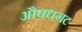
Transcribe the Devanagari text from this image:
औषधगट